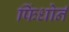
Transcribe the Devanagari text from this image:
फिंधोर्न